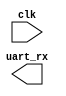
//////////////////////////////////////////////////////////////////////
////                                                              ////
////  ORPSoC Testbench UART Stimulus                              ////
////                                                              ////
////  Description                                                 ////
////  ORPSoC Testbench UART input generator                       ////
////                                                              ////
////  To Do:                                                      ////
////                                                              ////
////                                                              ////
////  Author(s):                                                  ////
////      - jb, jb@orsoc.se                                       ////
////                                                              ////
////                                                              ////
//////////////////////////////////////////////////////////////////////
////                                                              ////
//// Copyright (C) 2010 Authors and OPENCORES.ORG                 ////
////                                                              ////
//// This source file may be used and distributed without         ////
//// restriction provided that this copyright statement is not    ////
//// removed from the file and that any derivative work contains  ////
//// the original copyright notice and the associated disclaimer. ////
////                                                              ////
//// This source file is free software; you can redistribute it   ////
//// and/or modify it under the terms of the GNU Lesser General   ////
//// Public License as published by the Free Software Foundation; ////
//// either version 2.1 of the License, or (at your option) any   ////
//// later version.                                               ////
////                                                              ////
//// This source is distributed in the hope that it will be       ////
//// useful, but WITHOUT ANY WARRANTY; without even the implied   ////
//// warranty of MERCHANTABILITY or FITNESS FOR A PARTICULAR      ////
//// PURPOSE.  See the GNU Lesser General Public License for more ////
//// details.                                                     ////
////                                                              ////
//// You should have received a copy of the GNU Lesser General    ////
//// Public License along with this source; if not, download it   ////
//// from http://www.opencores.org/lgpl.shtml                     ////
////                                                              ////
//////////////////////////////////////////////////////////////////////

// Encodes 8-bit, 1 stop bit, no parity UART signals at 115200 buad
`timescale 1ns/1ns
module uart_stim(clk, uart_rx);

   input clk;   
   output reg uart_rx;


   
   // Default baud of 115200, period (ns)
   parameter uart_baudrate_period_ns = 8680;

   // Uart Stim file - we include it
   parameter stim_file = "uart0_stim.v";
   
   // Something to trigger the task
   reg [7:0]  next_byte;
   parameter len = 11; // Number of chars in string
   reg [(len*8)-1:0] uart_string;
   integer 	i;

   /*
   initial
     begin
	uart_rx = 1;	
	uart_string = "dhry 100\n!\n";
	
	#12_000_000;       	
	for(i=0;i<len;i=i+1)
	  begin
	     uart_tx_byte(uart_string[(len*8)-1:(len*8)-8]);
	     #20_000_000;
	     // Shift along string
	     uart_string = {uart_string[(len*8)-9:0],8'h00};
	  end
     end
    */
   // Task to drive UART RX line (transmit a char) - 1 stop bit, no parity
   task uart_tx_byte;
    input [7:0] tx_byte;
      begin
	 // Start bit
	 uart_rx = 1'b0;
	 #uart_baudrate_period_ns;
	 uart_rx = tx_byte[0];
	 #uart_baudrate_period_ns;
	 uart_rx = tx_byte[1];
	 #uart_baudrate_period_ns;
	 uart_rx = tx_byte[2];
	 #uart_baudrate_period_ns;
	 uart_rx = tx_byte[3];
	 #uart_baudrate_period_ns;
	 uart_rx = tx_byte[4];
	 #uart_baudrate_period_ns;
	 uart_rx = tx_byte[5];
	 #uart_baudrate_period_ns;
	 uart_rx = tx_byte[6];
	 #uart_baudrate_period_ns;
	 uart_rx = tx_byte[7];
	 #uart_baudrate_period_ns;
	 // Stop bit
	 uart_rx = 1'b1;
	 #uart_baudrate_period_ns;
      end
   endtask // uart_tx_byte

endmodule // uart_decoder